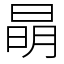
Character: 𣇵